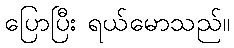
ပြောပြီး ရယ်မောသည်။